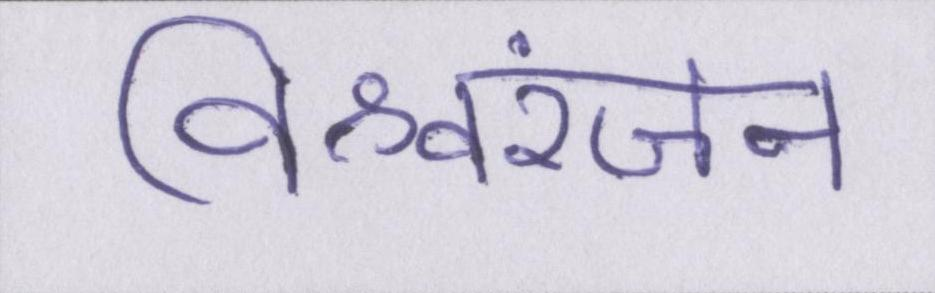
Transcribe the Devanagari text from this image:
विश्वरंजन